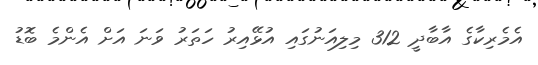
އެމެރިކާގެ އާބާދީ 312 މިލިއަނުގައި އުޅޭއިރު ހަތަރު ވަނަ އަށް އެންމެ ބޮޑު